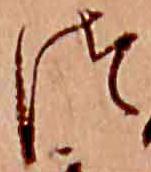
つ